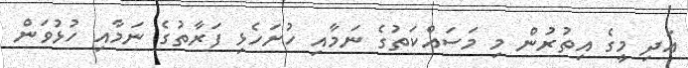
އަދި މީގެ އިތުރުން މި މަސައްކަތުގެ ނަމާއި ހުށަހެޅި ފަރާތުގެ ނަމާއި ހުޅުވަން